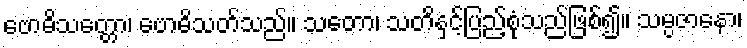
ဗောဓိသတ္တော၊ ဗောဓိသတ်သည်။ သတော၊ သတိနှင့်ပြည့်စုံသည်ဖြစ်၍။ သမ္ပဇာနော၊